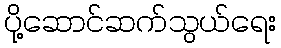
ပို့ဆောင်ဆက်သွယ်ရေး